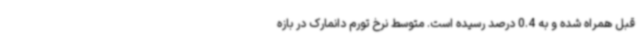
قبل همراه شده و به 0.4 درصد رسیده است. متوسط نرخ تورم دانمارک در بازه